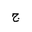
Letter: _gim